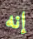
إنه